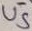
Text: U5-